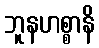
ဘူနဟစ္စာနိ